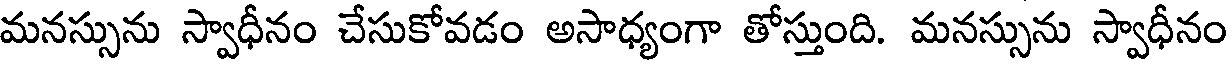
మనస్సును స్వాధీనం చేసుకోవడం అసాధ్యంగా తోస్తుంది. మనస్సును స్వాధీనం